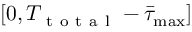
\left[ 0 , { T _ { \mathrm { ~ t ~ o ~ t ~ a ~ l ~ } } } - { \bar { \tau } _ { \operatorname* { m a x } } } \right]